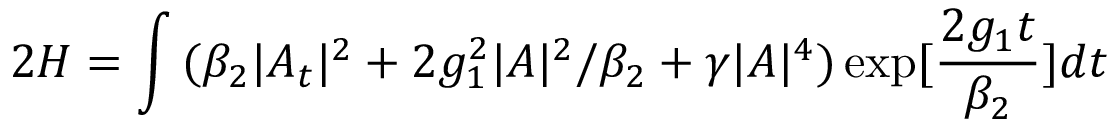
2 H = \int { ( \beta _ { 2 } | A _ { t } | ^ { 2 } + 2 g _ { 1 } ^ { 2 } | A | ^ { 2 } / \beta _ { 2 } + \gamma | A | ^ { 4 } ) \exp [ \frac { 2 g _ { 1 } t } { \beta _ { 2 } } ] d t }